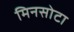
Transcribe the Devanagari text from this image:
मिनसोटा